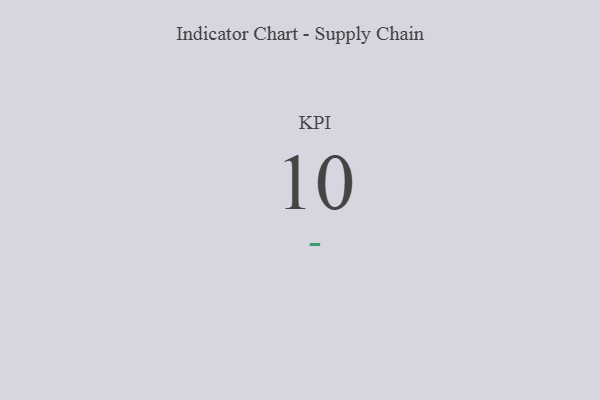
{"axis": {"x": "KPI", "y": "Value"}, "legend": [""], "data": [{"x": "KPI", "y": 10, "type": ""}]}